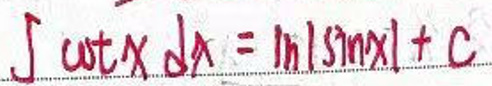
$\int \cot x dx = \ln|\sin x| + C$